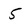
Character: 5